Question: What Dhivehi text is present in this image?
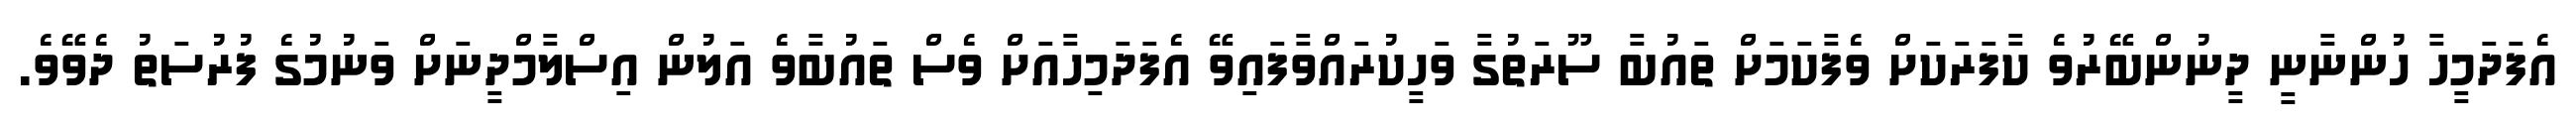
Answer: އެފަދަމީހާ ހުންނާނީ ދީނުންބޭރުވެ ކާފަރަކަށް ވެފާކަމަށް ތައުބާ ސޫރަތުގާ ވަހީކުރައްވާފައިވޭ އެފަދަމިހާއަށް ވެސް ތައުބާވެ އަލުން އިސްލާމްދީނަށް ވަނުމުގެ ފުރުސަތު ދެވޭވެ.